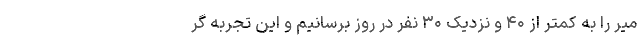
میر را به کمتر از ۴۰ و نزدیک ۳۰ نفر در روز برسانیم و این تجربه گر